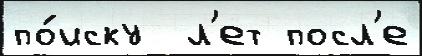
по́иску  л'ет посл'е